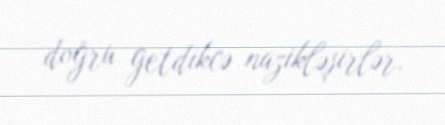
doğru getdikcə nazikləşirlər.